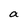
Character: a